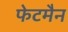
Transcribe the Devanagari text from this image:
फेटमैन